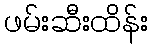
ဖမ်းဆီးထိန်း